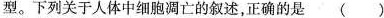
型。下列关于人体中细胞凋亡的叙述，正确的是()